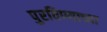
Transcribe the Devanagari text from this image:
पुरविण्याच्या